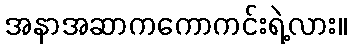
အနာအဆာကကောကင်းရဲ့လား။